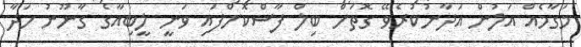
މަގާމެއް އަލުން އަދާނުކުރެވޭ ގޮތަށް ބިލް ފާސްކޮށްފައި ވަނީ ލީބިއާގެ ގާނޫނު ހަދާ